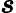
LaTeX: \boldsymbol{s}